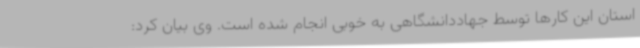
استان این کارها توسط جهاددانشگاهی به خوبی انجام شده است. وی بیان کرد: